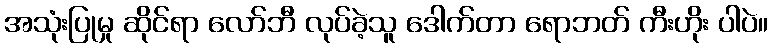
အသုံးပြုမှု ဆိုင်ရာ လော်ဘီ လုပ်ခဲ့သူ ဒေါက်တာ ရောဘတ် ကီးဟိုး ပါပဲ။